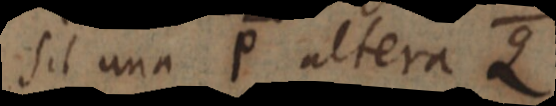
sit una P altera Q